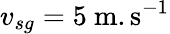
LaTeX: v_{sg}=5~\mathrm{m.s^{-1}}